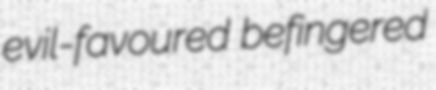
evil-favoured befingered